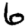
Digit: 6